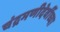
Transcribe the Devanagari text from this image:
चंद्रमणीदेवींच्या